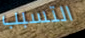
التسبب